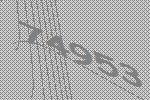
74953